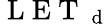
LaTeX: \mathrm{~L~E~T~}_{\mathrm{~d~}}